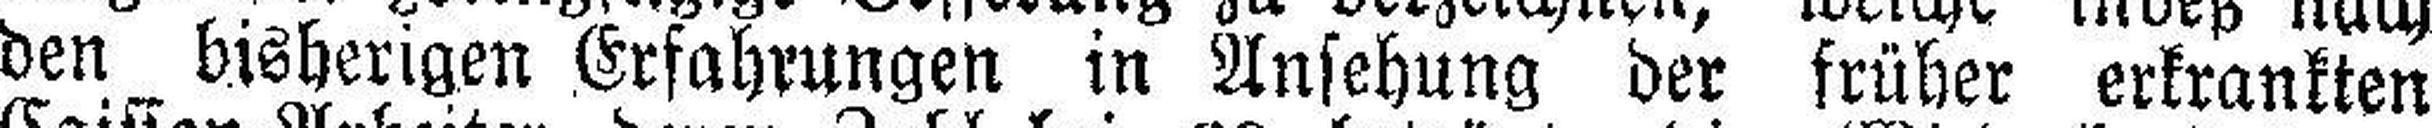
den bisherigen Erfahrungen in Ansehung der früher erkrankten